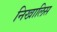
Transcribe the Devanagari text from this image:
निखालिस